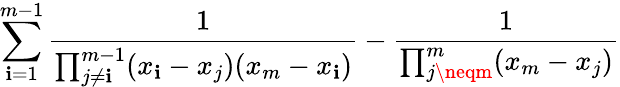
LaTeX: \sum_{\mathbf{i}=1}^{m-1}\frac{{1}}{{\prod_{j\neq\mathbf{i}}^{m-1}(x_{\mathbf{i}}-x_{j})(x_{m}-x_{\mathbf{i}})}}-\frac{{1}}{{\prod_{j\neqm}^{m}(x_{m}-x_{j})}}